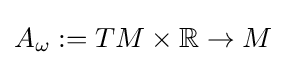
A_{\omega }:=TM\times \mathbb {R} \to M